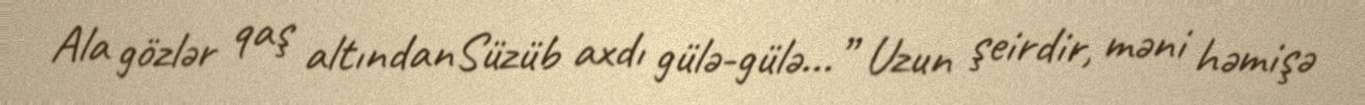
Ala gözlər qaş altındanSüzüb axdı gülə-gülə...” Uzun şeirdir, məni həmişə